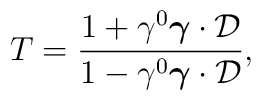
T={1+\gamma^0\mbox{\boldmath{$\gamma$}}\cdot{\cal D}\over1-\gamma^0\mbox{\boldmath{$\gamma$}}\cdot{\cal D}},